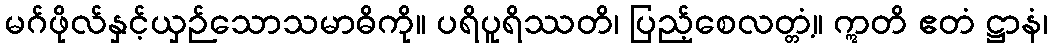
မဂ်ဖိုလ်နှင့်ယှဉ်သောသမာဓိကို။ ပရိပူရိဿတိ၊ ပြည့်စေလတ္တံ့။ ဣတိ ဧတံ ဋ္ဌာနံ၊